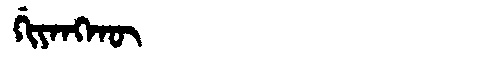
Manchu: ᡤᡳᠶᠠᠩᡴᡡ
Romanization: GIYANGKŪ